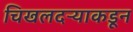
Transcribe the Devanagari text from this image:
चिखलदऱ्याकडून